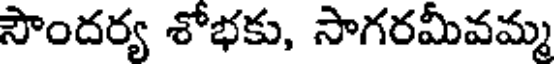
సౌందర్య శోభకు, సాగరమీవమ్మ